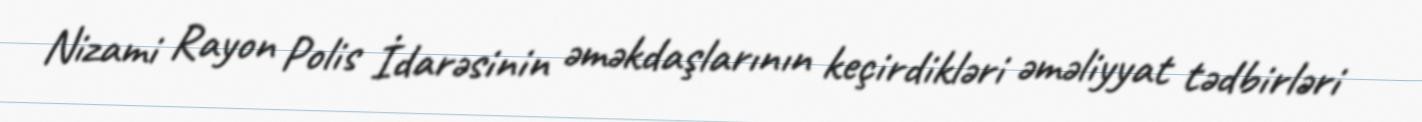
Nizami Rayon Polis İdarəsinin əməkdaşlarının keçirdikləri əməliyyat tədbirləri